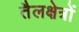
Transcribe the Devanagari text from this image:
तैलक्षेत्रों